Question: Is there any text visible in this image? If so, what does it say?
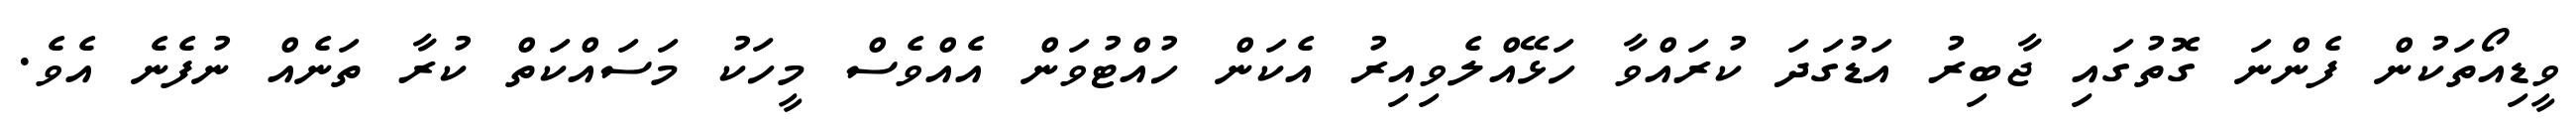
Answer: ވީޑިއޯތަކުން ފެންނަ ގޮތުގައި ޖާބިރު އަޑުގަދަ ކުރައްވާ ހަޅޭއްލެވިއިރު އެކަން ހުއްޓުވަން އެއްވެސް މީހަކު މަސައްކަތް ކުރާ ތަނެއް ނުފެނެ އެވެ.